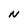
Character: N